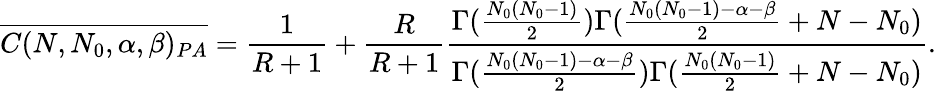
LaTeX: \overline{{C(N,N_{0},\alpha,\beta)_{PA}}}=\frac{1}{R+1}+\frac{R}{R+1}\frac{\Gamma(\frac{N_{0}(N_{0}-1)}{2})\Gamma(\frac{N_{0}(N_{0}-1)-\alpha-\beta}{2}+N-N_{0})}{\Gamma(\frac{N_{0}(N_{0}-1)-\alpha-\beta}{2})\Gamma(\frac{N_{0}(N_{0}-1)}{2}+N-N_{0})}.